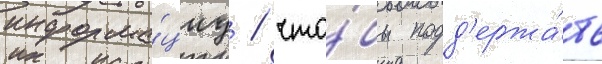
информа́циу / что́бы подд'ержа́ть